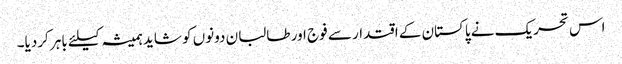
اس تحریک نے پاکستان کے اقتدار سے فوج اور طالبان دونوں کو شاید ہمیشہ کیلئے باہر کردیا۔